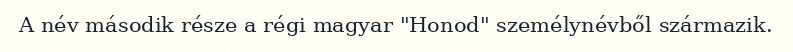
A név második része a régi magyar "Honod" személynévből származik.